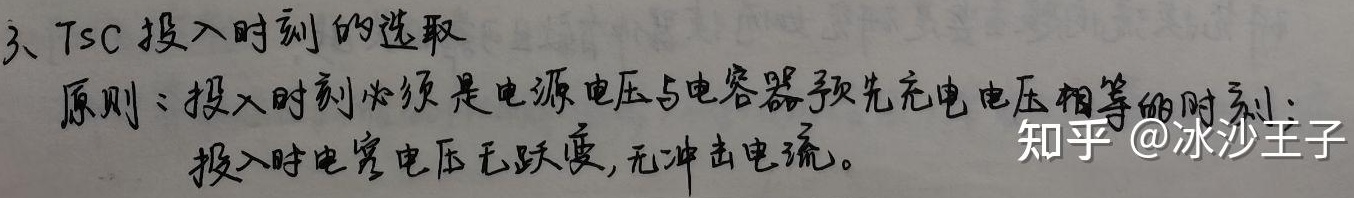
3. TSC投入时刻的选取原则：投入时刻必须是电源电压与电容器预先充电电压相等的时刻；投入时电容电压无跃变，无冲击电流。知乎 @冰沙王子